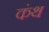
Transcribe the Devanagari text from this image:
कंथ